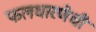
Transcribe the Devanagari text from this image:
फलधारणेची